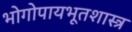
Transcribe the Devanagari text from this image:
भोगोपायभूतशास्त्र